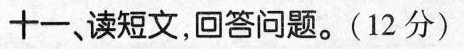
十一、读短文，回答问题。(12分)